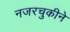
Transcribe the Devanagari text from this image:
नजरचुकीने